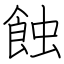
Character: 蝕